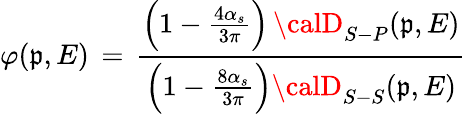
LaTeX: \varphi(\mathfrak{p},E)\, =\, {\frac{{\left(1-{\frac{{4\alpha_{s}}}{{3\pi}}}\right)\, {\calD}_{S-P}(\mathfrak{p},E)}}{{\left(1-{\frac{{8\alpha_{s}}}{{3\pi}}}\right){\calD}_{S-S}(\mathfrak{p},E)}}}